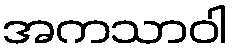
အကသာဝါ